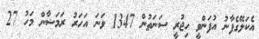
އެކަލޭގެފާނު އުފަންވީ ހިޖުރީ ސަނަތުން 1347 ވަނަ އަހަރު ރަމަޟާން މަހު 27